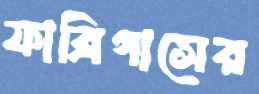
ফাব্রিগাসের